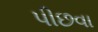
પીછવા